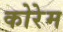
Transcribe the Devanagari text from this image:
कोरेम